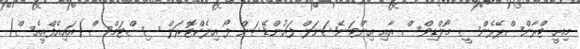
މިއީ ޓްރާންސްޕޭރެންސީ މޯލްޑިވްސް އާއި އިންޓަނޭޝަނަލް ފައުންޑޭޝަން ފޯ އިލެކްޓޮރަލް ސިސްޓަމްސް (އައިއެފްއީއެސް)